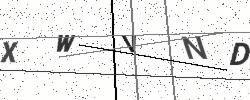
Text: XWVND